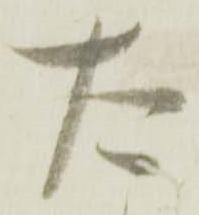
た